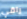
راقي